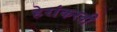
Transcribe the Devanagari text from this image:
हेरांकरवी